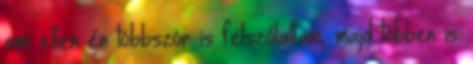
ami ellen én többször is felszólaltam, majd többen is